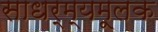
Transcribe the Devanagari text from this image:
साधर्म्यमूलक